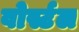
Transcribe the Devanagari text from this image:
वोर्स्टल